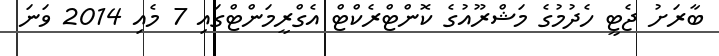
ބާރަށު ޖެޓީ ހެދުމުގެ މަޝްރޫއުގެ ކޮންޓްރެކްޓް އެގްރީމަންޓްގައި 7 މެއި 2014 ވަނަ